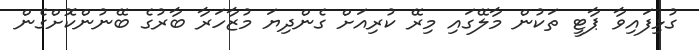
ގުޅިފައިވާ ޕާޓީ ތަކުން މާލޭގައި މިރޭ ކުރިއަށް ގެންދިޔަ މުޒާހަރާ ބާރުގެ ބޭނުންކޮށްގެން